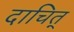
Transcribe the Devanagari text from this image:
दाचित्